Scientific memoirs by medical officers of the Army of India - Part II,
Year: 1886
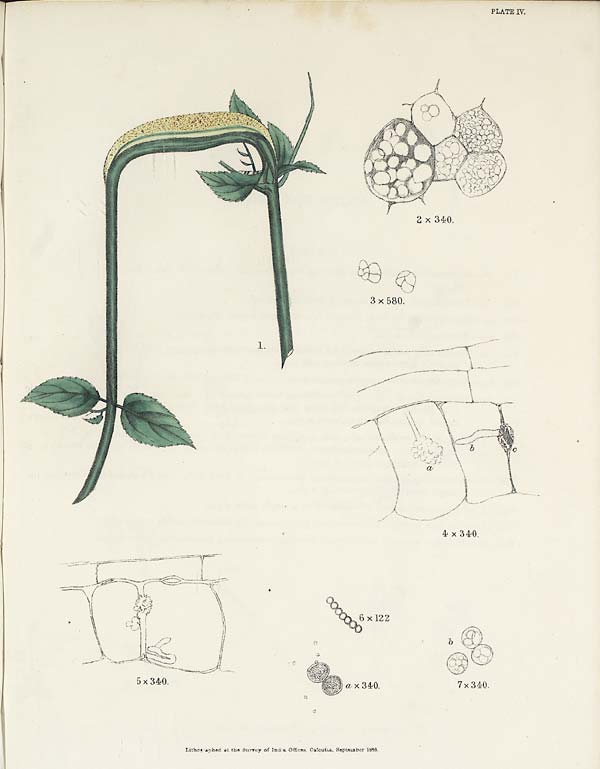
PLATE IV.
Lithographed at the Survey of India Offices, Calcutta, September 1886.